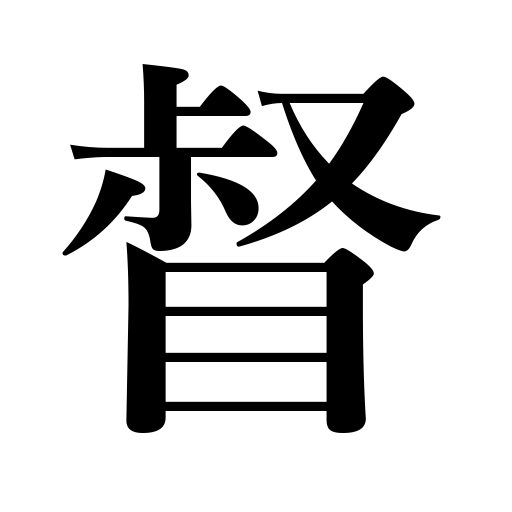
Meanings: lead,urge,command,supervise